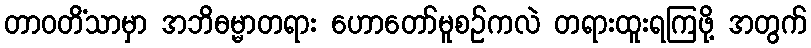
တာဝတိံသာမှာ အဘိဓမ္မာတရား ဟောတော်မူစဉ်ကလဲ တရားထူးရကြဖို့ အတွက်